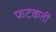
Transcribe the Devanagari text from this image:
फटकतीं